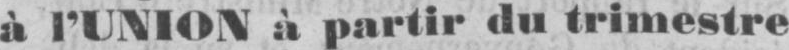
à l’UNION à partir du trimestre